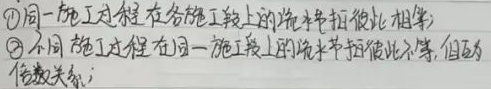
\textcircled{1} 同一施工过程在各施工段上的流水节拍彼此相等；
\textcircled{2} 不同施工过程在同一施工段上的流水节拍彼此不等，但为倍数关系；